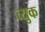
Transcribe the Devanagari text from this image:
व्युक